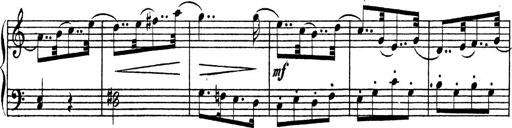
Title: Piano Sonata
Composer: Karl HÃ¤ssler
Key: C major